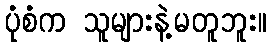
ပုံစံက သူများနဲ့မတူဘူး။